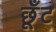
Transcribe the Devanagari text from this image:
छूँट